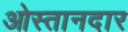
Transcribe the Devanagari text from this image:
ओस्तानदार